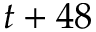
t + 4 8